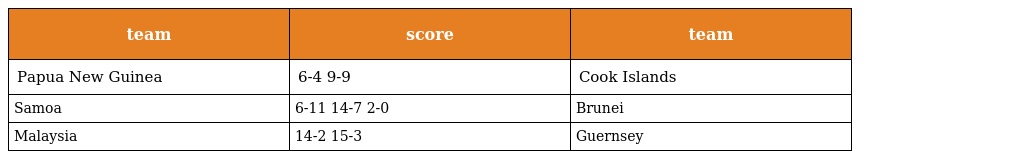
| team | score | team |
 | --- | --- | --- |
 | Papua New Guinea | 6-4 9-9 | Cook Islands |
 | Samoa | 6-11 14-7 2-0 | Brunei |
 | Malaysia | 14-2 15-3 | Guernsey |